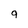
Character: 9